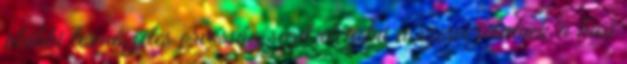
alábbi természetes orvosság segít elégetni a szervezetednek a hasi